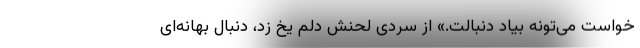
خواست می‌تونه بیاد دنبالت.» از سردی لحنش دلم یخ زد، دنبال بهانه‌ای